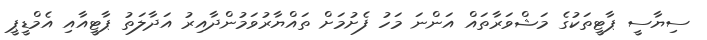
ސިޔާސީ ޕާޓީތަކުގެ މަޝްވަރާތައް އަންނަ މަހު ފެށުމަށް ތައްޔާރުވަމުންދާއިރު އަދާލަތު ޕާޓީއާއި އެމްޑީޕީ